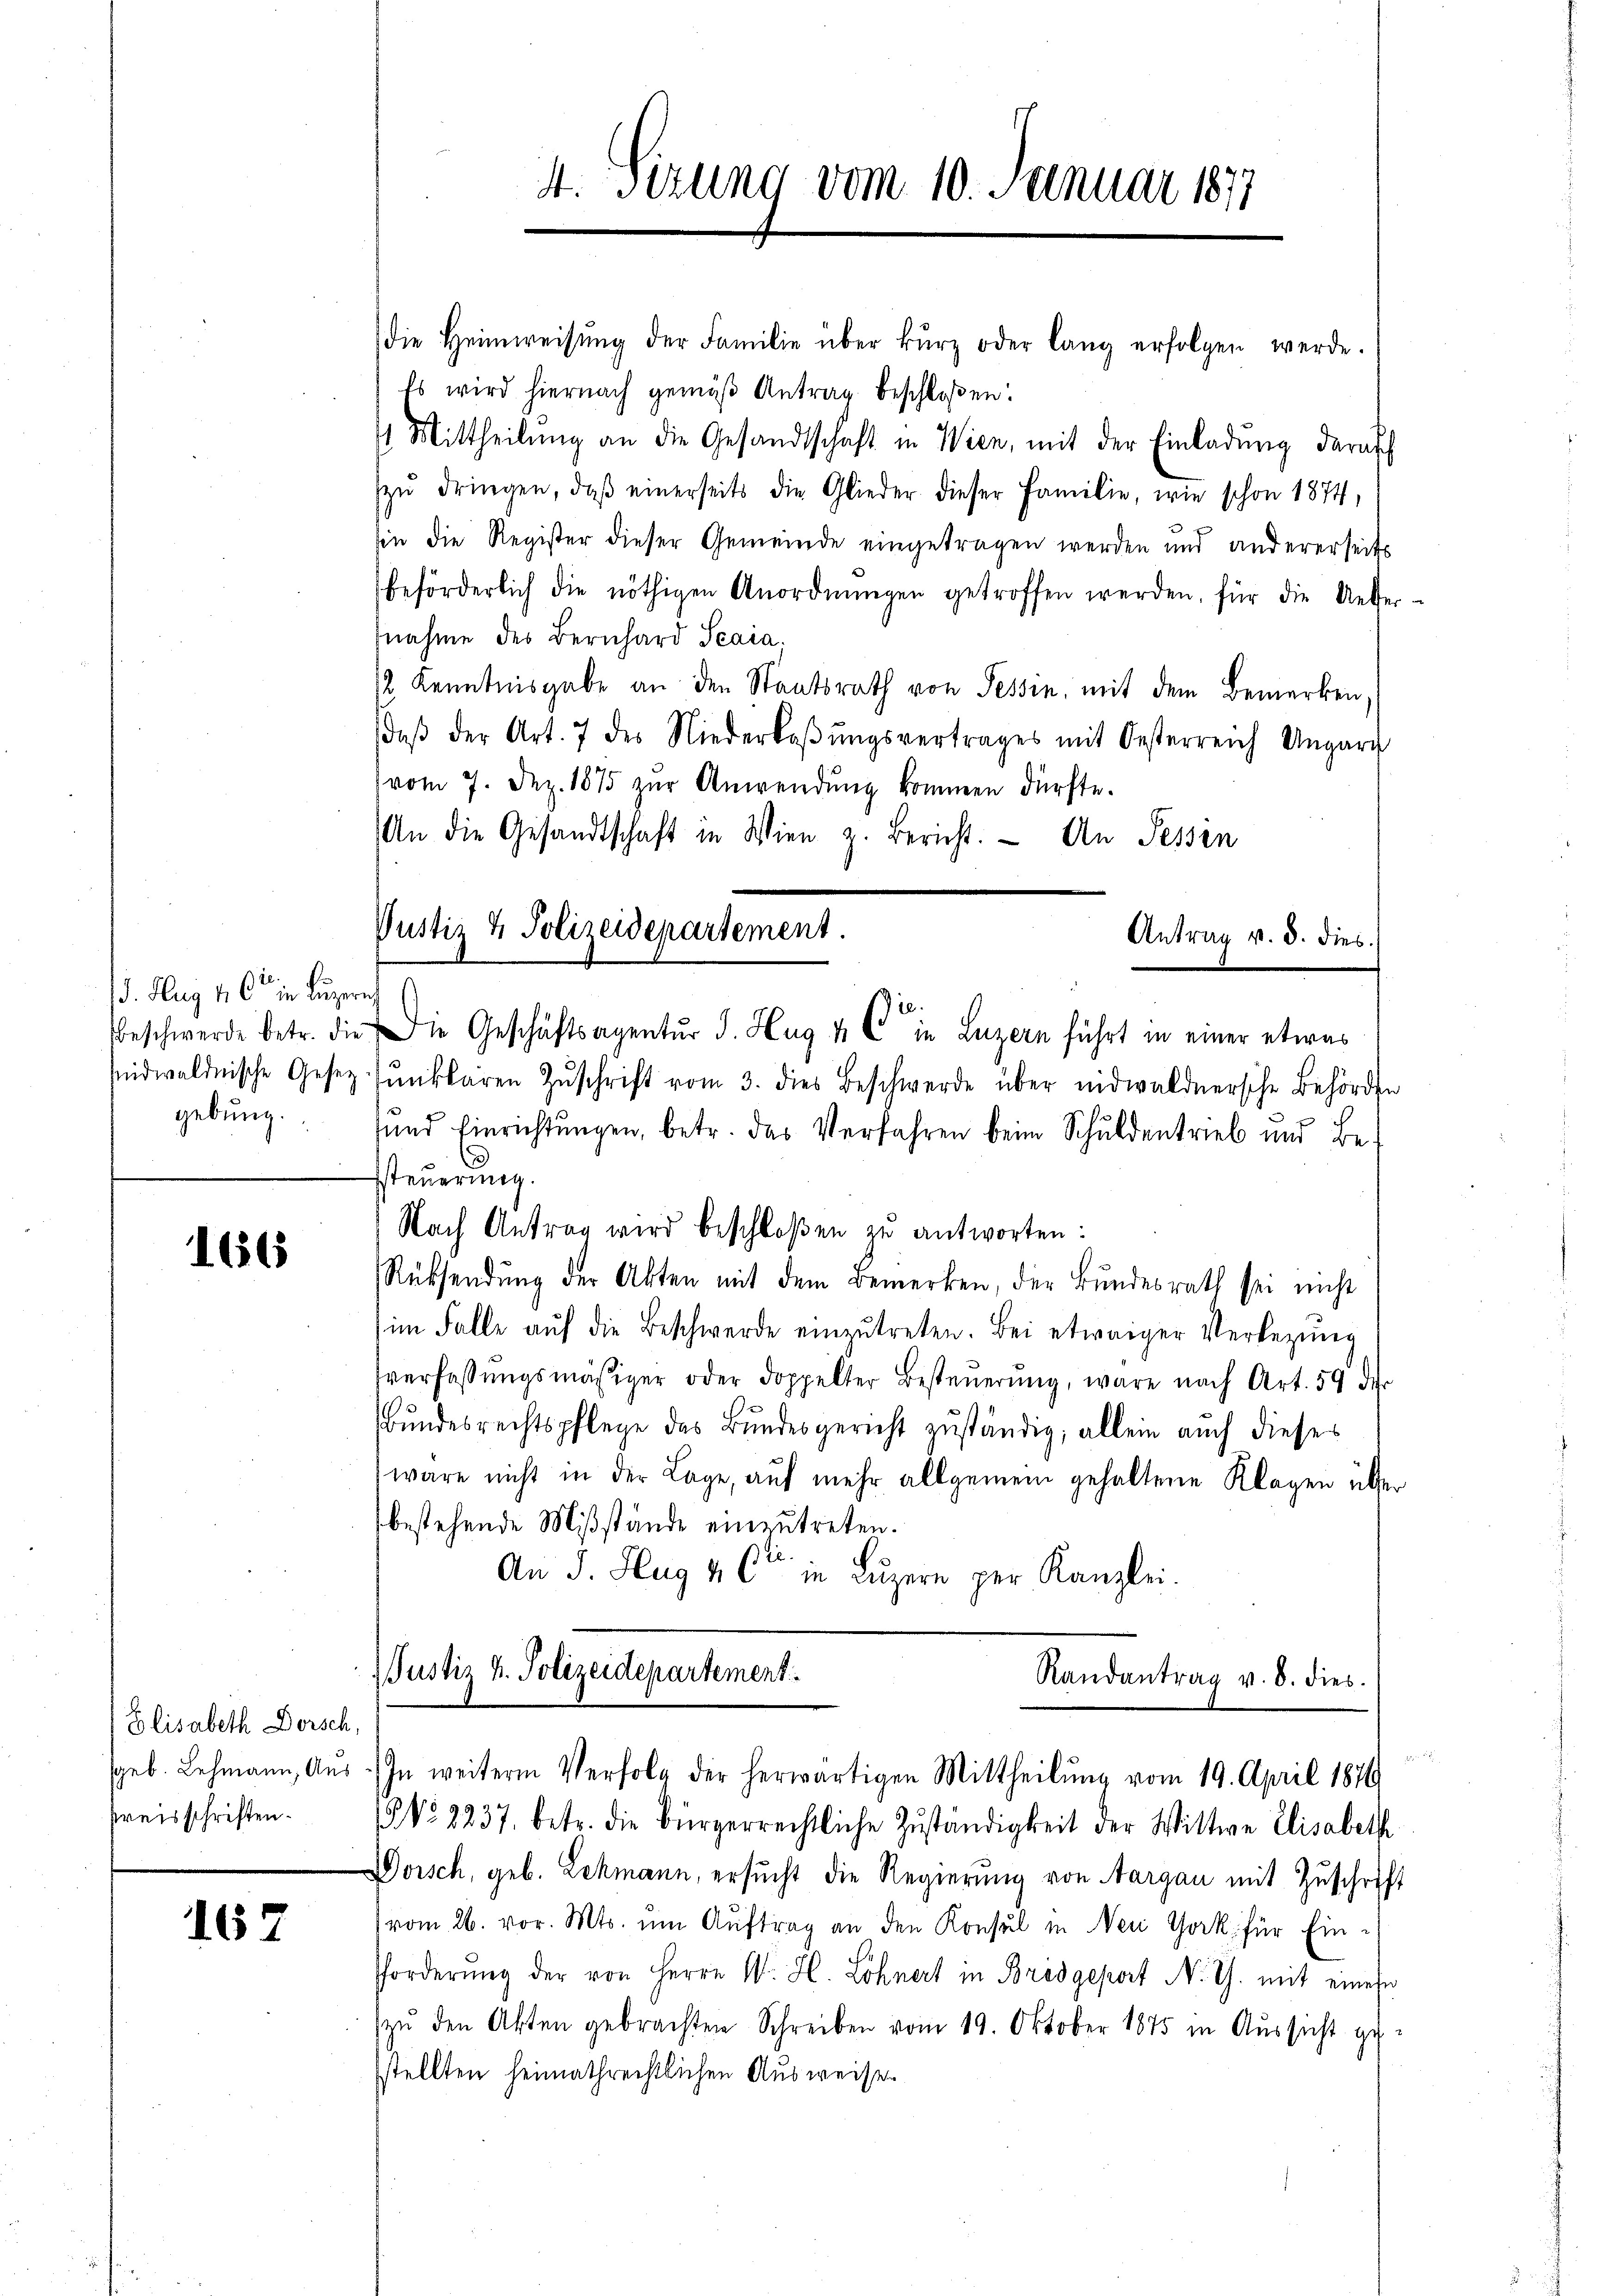
13. Aug 16 in Luzerech
gebung.

1665

Elisabeth Dorsch,
geb. Lehmann, Aus
Preisschriften.

167

die Heimweisŭng der Familie über kurz oder lang erfolgen werde.
Es wird hiernach gemäß Antrag beschloßen:
4 Mittheilung an die Gesandtschaft in Wien, mit der Einladung darauf
zŭ dringen, daβ einerseits die Glieder dieser Familie, wie schon 1874,
sin die Register dieser Gemeinde eingetragen werden und andererseits
beförderlich die nöthigen Anordnŭngen getroffen werden, für die Ueber-
nahme des Bernhard Scaia.
2 Kenntnisgabe an den Staatsrath von Tessin, mit dem Bemerken,
(daβ der Art. 7 des Niederlaβŭngsvertrages mit Oesterreich Ungarg
vom 7. Dez. 1875 zŭr Anwendung kommen dürfte.
An die Gesandtschaft in Wien z. Bericht. An Tessin
Justiz & Polizeidepartement.
Antrag v. d. dies

4. Sitzung vom 10. Januar 1877

Nach Antrag wird beschloßen zu antworten:

beschwerde betr. die Die Geschäftsagentur d. Hug 4 C in Luzern führt in einer etwas
sidwaldnische Gesetz fŭnklaren Zŭschrift vom 3. dies Beschwerde über nidwaldnersche Behörden
und Einrichtungen, betr. das Verfahren beim Schuldentrieb und Besteuerung.
Rücksendung der Akten mit dem Bemerken, der Bundesrath sei nicht
im Falle aŭf die Beschwerde einzŭtreten. Bei etwaiger Verlegŭng
sverfassŭngsmäßiger oder doppelter Besteŭerŭng, wäre nach Art. 59 der
Bundesrechtspflege das Bundesgericht zuständig; allein auch dieses
wäre nicht in der Lage, auf mehr allgemein gehaltene Klagen über
bestehende Mißstände einzutreten.
An J. Hug & 6ten in Luzern per Kanzlei.

JJustiz u. Polizeidepartement.
Randantrag v. 8. dies
In weitere Verfolg der herwärtigen Mittheilung vom 19. April 1879

NNo. 2237. betr. die bürgerrechtliche Zuständigkeit der Wittwe Elisabeth
Doisch, geb. Lehmann, ersucht die Regierung von Aargau mit Zuschrift
vom 26. vor. Mts. um Auftrag an den Konsul in New York für Einfforderŭng der von Herrn W. H. Löhnert in Bridgeport N. Th. mit einese
zŭ den Akten gebrachten Schreiben vom 19. Oktober 1875 in Aŭssicht ge-
sstellten heimathrechtlichen Ausweise¬